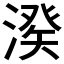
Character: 𣺍